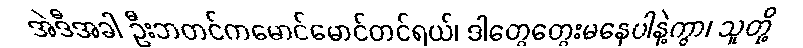
အဲဒီအခါ ဦးဘတင်ကမောင်မောင်တင်ရယ်၊ ဒါတွေတွေးမနေပါနဲ့ကွာ၊ သူတို့